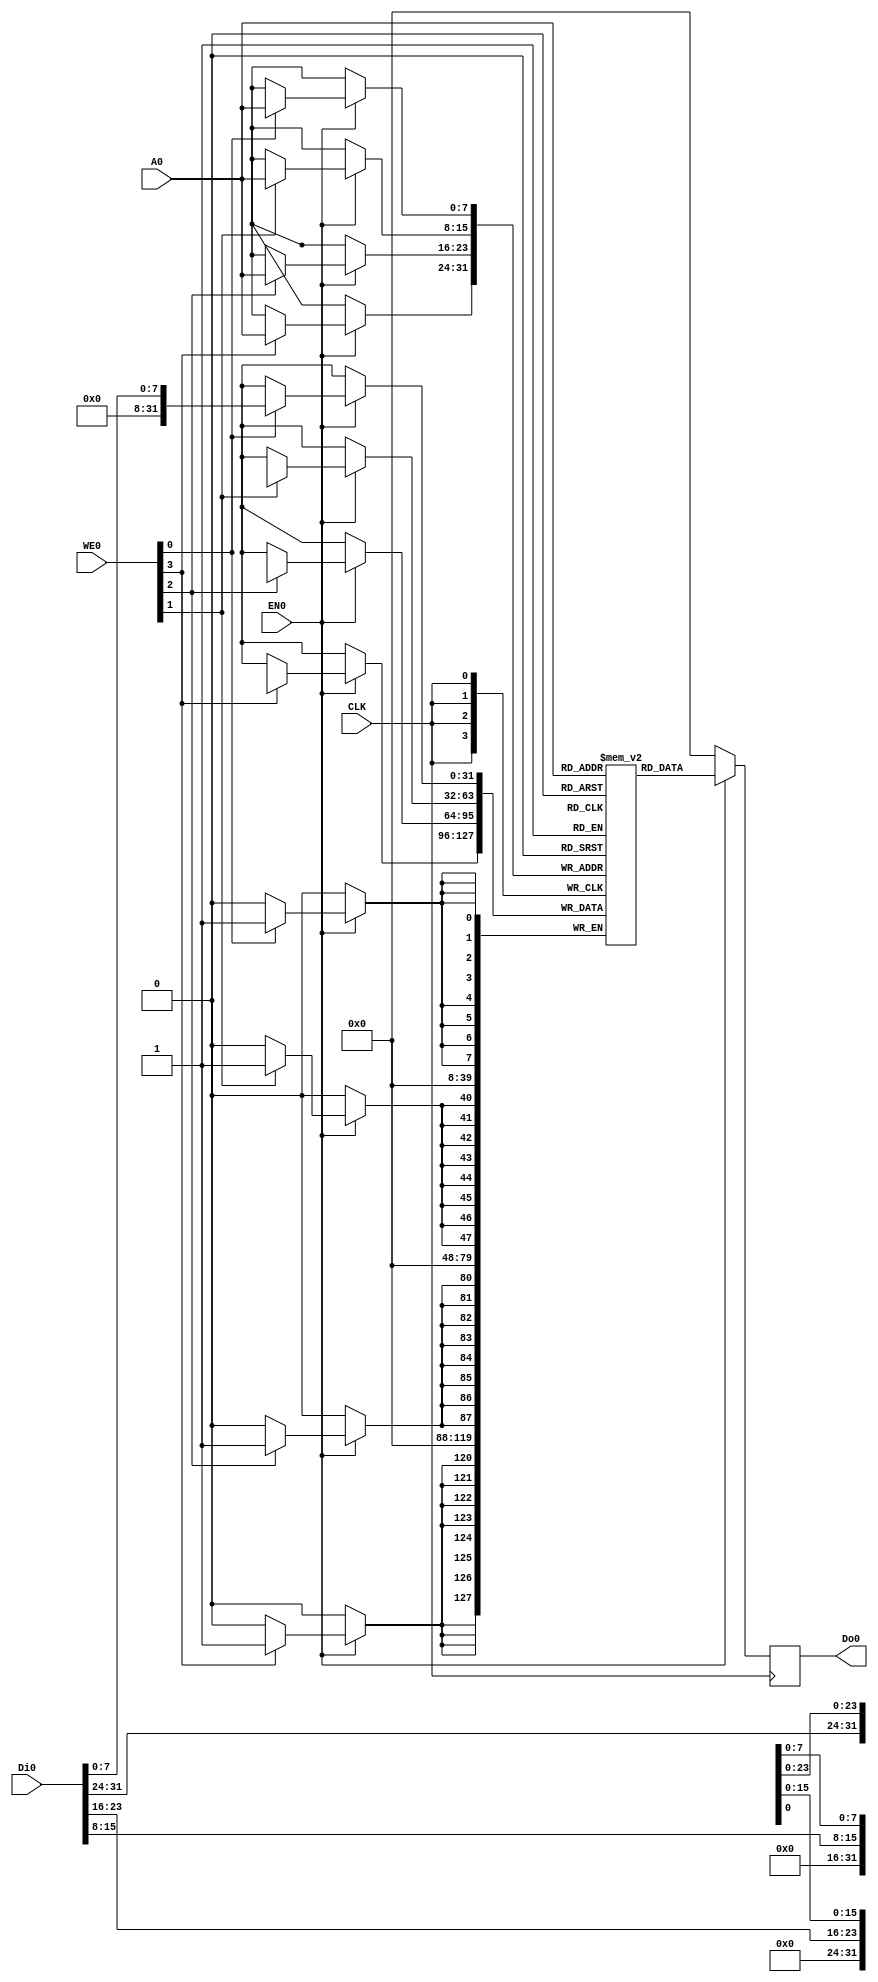
module RAM256 #( parameter COLS=1)
(
`ifdef USE_POWER_PINS
    VPWR,
    VGND,
`endif
    CLK,
    WE0,
    EN0,
    Di0,
    Do0,
    A0
);
    localparam A_WIDTH = 8+$clog2(COLS);
`ifdef USE_POWER_PINS
    input   wire            VPWR;
    input   wire            VGND;
`endif
    input   wire            CLK;
    input   wire    [3:0]   WE0;
    input   wire            EN0;
    input   wire    [31:0]  Di0;
    output  reg     [31:0]  Do0;
    input   wire    [(A_WIDTH - 1): 0]   A0;

    reg [31:0] RAM[(256*COLS)-1 : 0];

    always @(posedge CLK)
        if(EN0) begin
            Do0 <= RAM[A0];
            if(WE0[0]) RAM[A0][ 7: 0] <= Di0[7:0];
            if(WE0[1]) RAM[A0][15:8] <= Di0[15:8];
            if(WE0[2]) RAM[A0][23:16] <= Di0[23:16];
            if(WE0[3]) RAM[A0][31:24] <= Di0[31:24];
        end
        else
            Do0 <= 32'b0;

endmodule